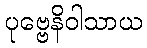
ပုဗ္ဗေနိဝါသာယ